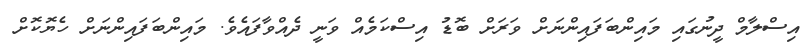
އިސްލާމް ދީނުގައި މައިންބަފައިންނަށް ވަރަށް ބޮޑު އިސްކަމެއް ވަނީ ދެއްވާފައެވެ. މައިންބަފައިންނަށް ހެޔޮކޮށް